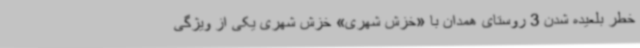
خطر بلعیده شدن 3 روستای همدان با «خزش شهری» خزش شهری یکی از ویژگی